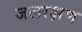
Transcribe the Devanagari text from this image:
जलरक्षण